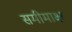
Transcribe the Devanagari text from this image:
समीमाक्ष